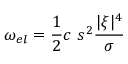
\omega _ { e l } = \frac { 1 } { 2 } c \ s ^ { 2 } \frac { | \boldsymbol { \xi } | ^ { 4 } } { \sigma }